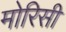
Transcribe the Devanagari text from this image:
मोरिसी